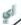
أي